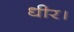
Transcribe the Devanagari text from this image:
धीर।